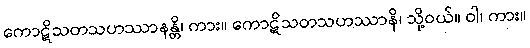
ကောဋိသတသဟဿာနန္တိ၊ ကား။ ကောဋိသတသဟဿာနိ၊ သို့ဝယ်။ ဝါ၊ ကား။